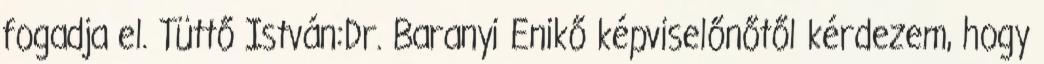
fogadja el. Tüttő István:Dr. Baranyi Enikő képviselőnőtől kérdezem, hogy